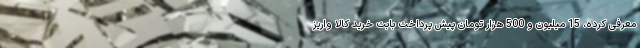
معرفی کرده، 15 میلیون و 500 هزار تومان پیش پرداخت بابت خرید کالا واریز